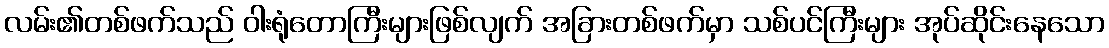
လမ်း၏တစ်ဖက်သည် ဝါးရုံတောကြီးများဖြစ်လျက် အခြားတစ်ဖက်မှာ သစ်ပင်ကြီးများ အုပ်ဆိုင်းနေသော